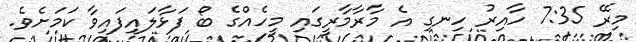
މިރޭ 7:35 ހާއިރު ހިނގި އެ މާރާމާރީގައި މީހެއްގެ ބޯ ފަޅާލައިފައިވާ ކަމަށެވެ.